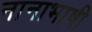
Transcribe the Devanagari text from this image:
नानाभाषी